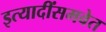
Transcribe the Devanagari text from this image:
इत्यादींसमवेत